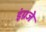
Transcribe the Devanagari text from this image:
इंग्रजे